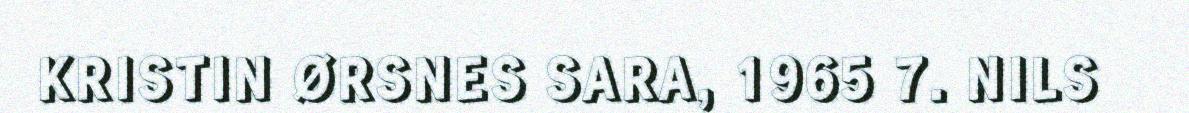
KRISTIN ØRSNES SARA, 1965 7. NILS